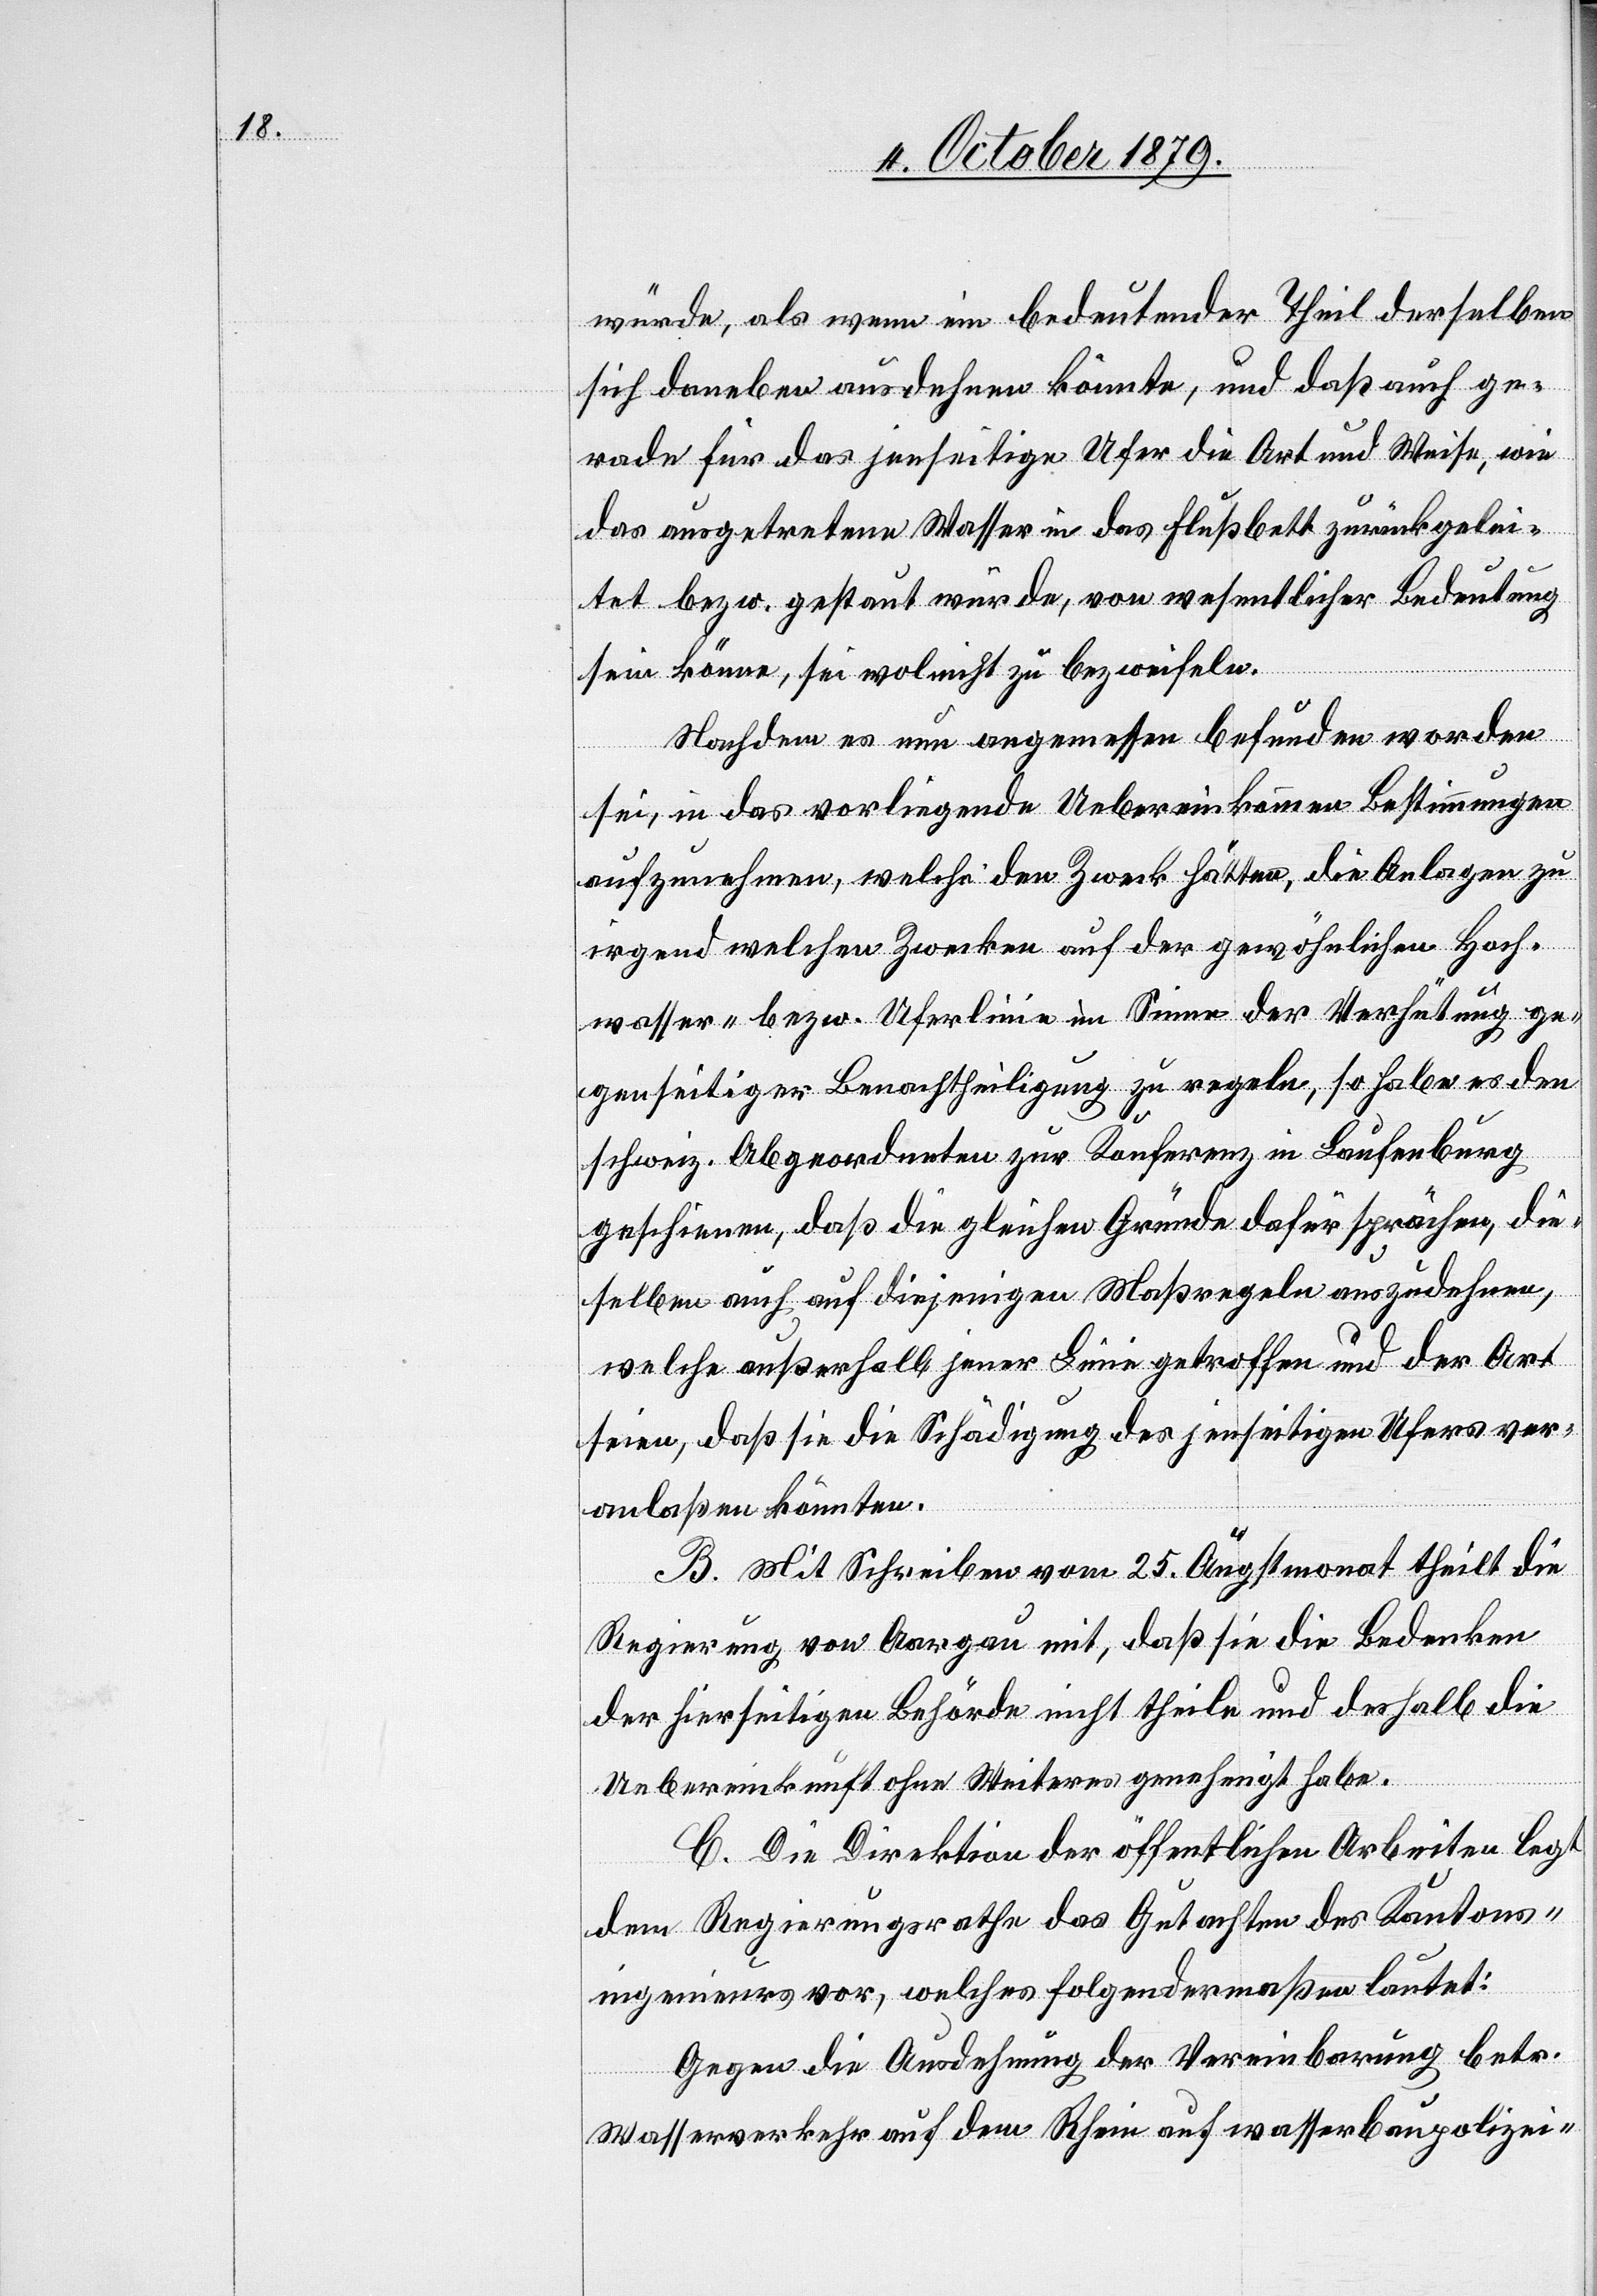
würde, als wenn ein bedeutender Theil derselben
sich daneben ausdehnen könnte, und daß auch ge¬
rade für das jenseitige Ufer die Art und Weise, wi¬
e ausgetretene Wasser in das Flussbett zurückgelei¬
tet bezw. gestaut würde, von wesentlicher Bedeutung
sein könne, sei wol nicht zu bezweifeln.
Nachdem es nun angemessen befunden worden
sei, in das vorliegende Uebereinkommen Bestimmungen
aufzunehmen, welche den Zweck hätten, die Anlagen zu
irgendwelchen Zwecken auf der gewöhnlichen Hoch¬
wasser- bezw. Uferlinie im Sinne der Verhütung ge¬
genseitiger Benachtheiligung zu regeln, so habe es den
schweiz. Abgeordneten zur Konferenz in Laufenburg
geschienen, dass die gleichen Gründe dafür sprächen, die
selben auch auf diejenigen Maßregeln auszudehnen,
welche außerhalb jener Linie getroffen und der Art
seien, daß sie die Schädigung des jenseitigen Ufers ver¬
anlaßen könnten.
B. Mit Schreiben vom 25. Augstmonat theilt die
Regierung von Aargau mit, daß sie die Bedenken
der hierseitigen Behörde nicht theile und deshalb die
Uebereinkunft ohne Weiteres genehmigt habe.
C. Die Direktion der öffentlichen Arbeiten legt
dem Regierungsrathe das Gutachten des Kantons¬
ingenieurs vor, welches folgendermaßen lautet:
Gegen die Ausdehnung der Vereinbarung betr.
Wasserverkehr auf dem Rhein auf wasserbaupolizei-